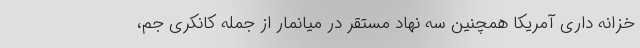
خزانه داری آمریکا همچنین سه نهاد مستقر در میانمار از جمله کانکری جم،